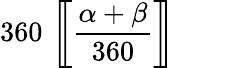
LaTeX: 360\, \left[\! \! \left[{\frac{\alpha+\beta}{360}}\right]\! \! \right]\quad\quad